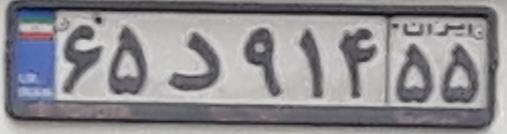
۶۵د۹۱۴۵۵